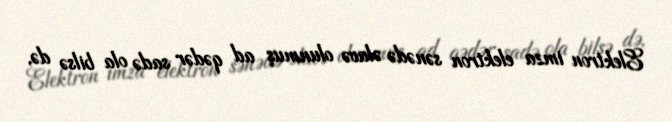
Elektron imza elektron sənədə əlavə olunmuş ad qədər sadə ola bilsə də,